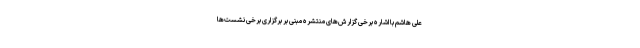
علی هاشم با اشاره برخی گزارش‌های منتشره مبنی بر برگزاری برخی نشست‌ها